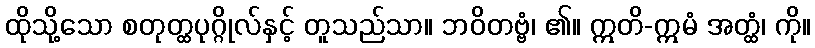
ထိုသို့သော စတုတ္ထပုဂ္ဂိုလ်နှင့် တူသည်သာ။ ဘဝိတဗ္ဗံ၊ ၏။ ဣတိ-ဣမံ အတ္ထံ၊ ကို။